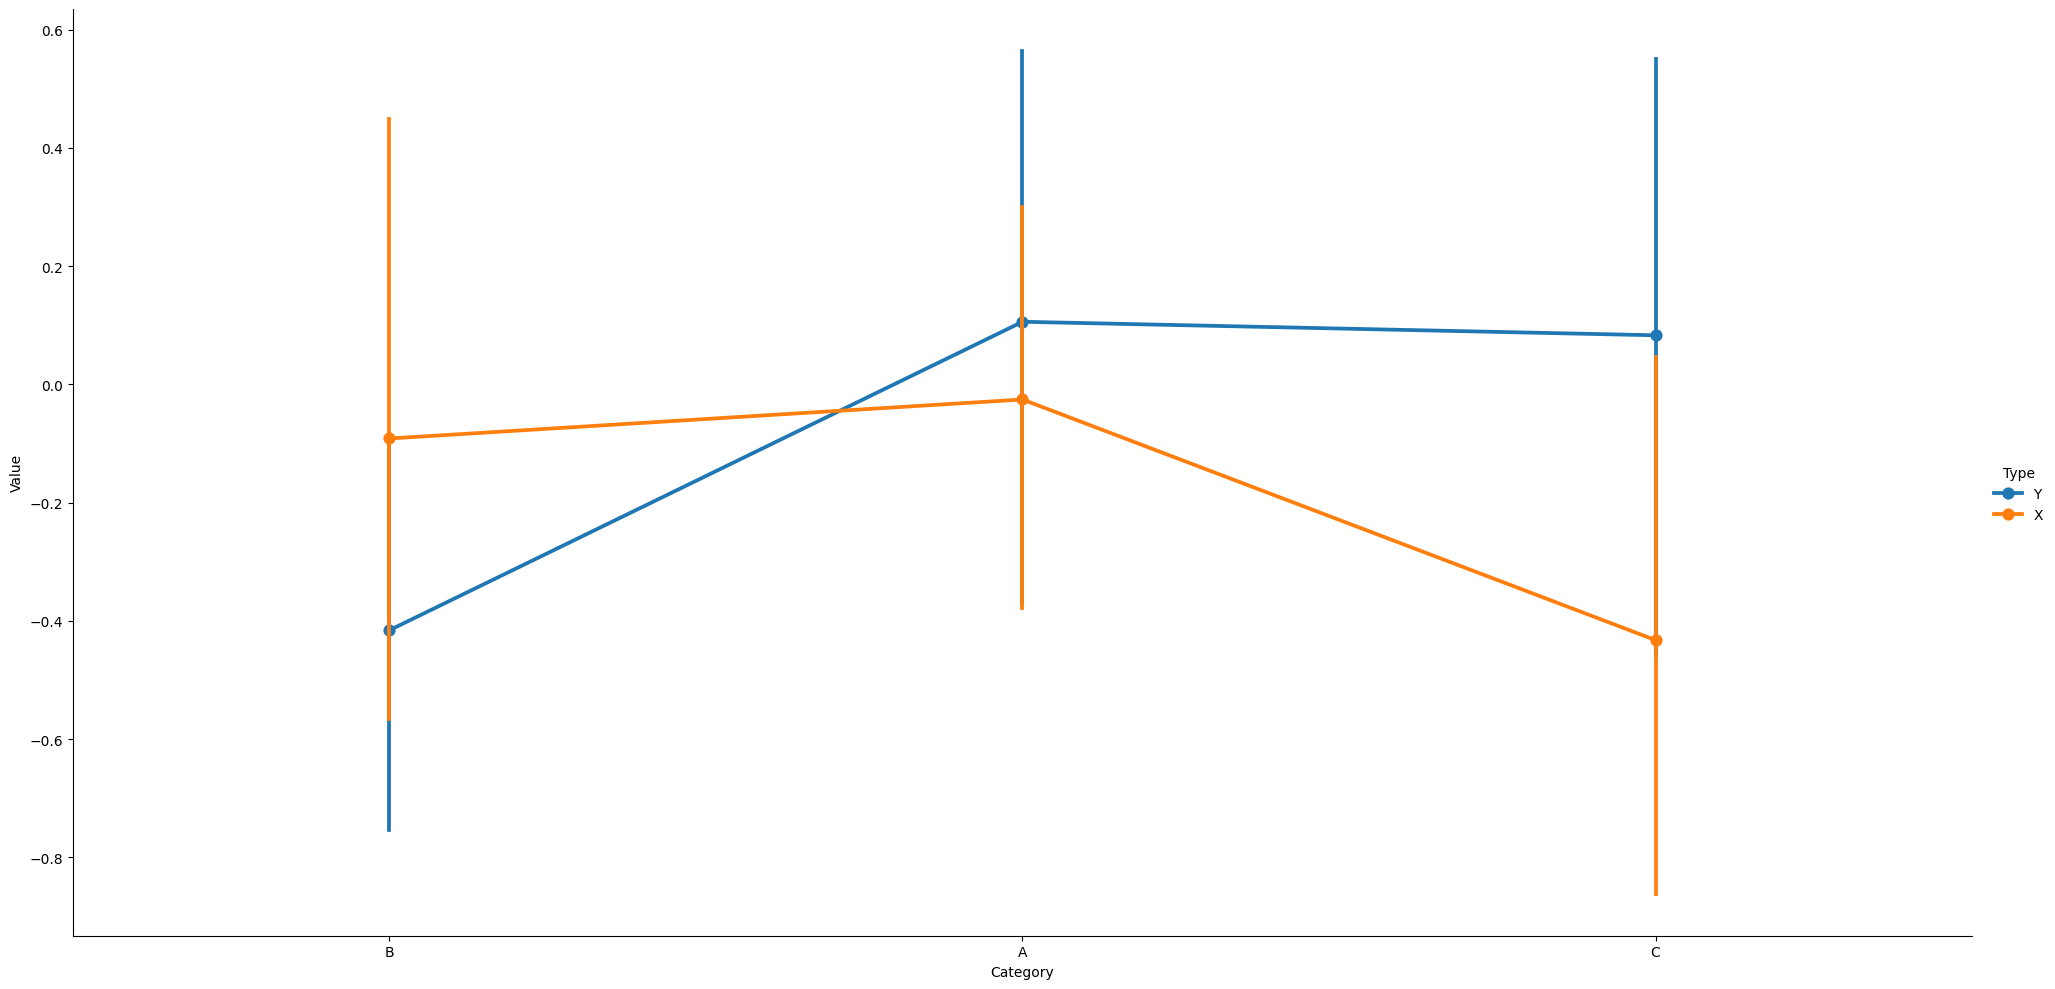
python, seaborn, catplot, kind='point', height=10, aspect=2